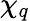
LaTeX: \chi_{q}